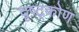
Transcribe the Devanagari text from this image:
दृष्ट्कोण